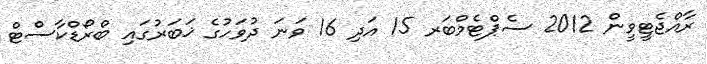
ރާއްޖެޓީވީން 2012 ސެޕްޓެމްބަރ 15 އަދި 16 ވަނަ ދުވަހުގެ ޚަބަރުގައި ބްރޯޑްކާސްޓް